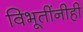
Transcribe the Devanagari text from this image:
विभूतींनीही